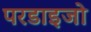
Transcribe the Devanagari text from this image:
परडाइजो